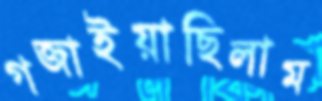
গজাইয়াছিলাম